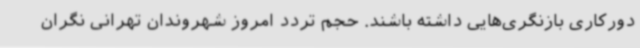
دورکاری بازنگری‌هایی داشته باشند. حجم تردد امروز شهروندان تهرانی نگران